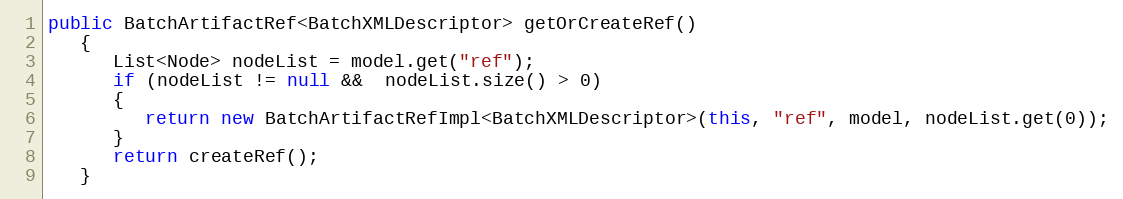
Language: Java
public BatchArtifactRef<BatchXMLDescriptor> getOrCreateRef()
   {
      List<Node> nodeList = model.get("ref");
      if (nodeList != null &&  nodeList.size() > 0)
      {
         return new BatchArtifactRefImpl<BatchXMLDescriptor>(this, "ref", model, nodeList.get(0));
      }
      return createRef();
   }